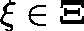
\xi \in \mathbf { \Xi }